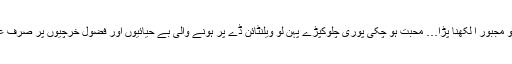
جس پر کسی دل جلے کو مجبور اً لکھنا پڑا… محبت ہو چکی پوری چلوکپڑے پہن لو ویلنٹائن ڈے پر ہونے والی بے حیائیوں اور فضول خرچیوں پر صرف عوام قصور وار نہیں ہیں۔